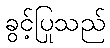
ခွင့်ပြုသည်